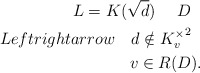
\begin{align*}L = K(\sqrt{d}) \ \ \ \ D \ \ \\Leftrightarrow \ \ \ d \notin {K_v^{\times}}^2 \ \ \\ v \in R(D).\end{align*}